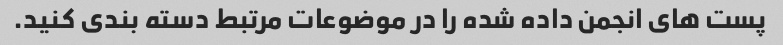
پست های انجمن داده شده را در موضوعات مرتبط دسته بندی کنید.